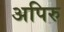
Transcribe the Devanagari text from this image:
अपिरु